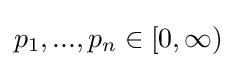
p_{1},...,p_{n}\in [0,\infty )